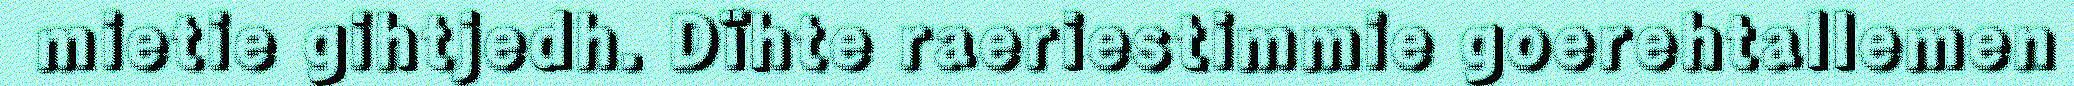
mietie gihtjedh. Dïhte raeriestimmie goerehtallemen